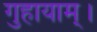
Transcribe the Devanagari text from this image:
गुहायाम्।